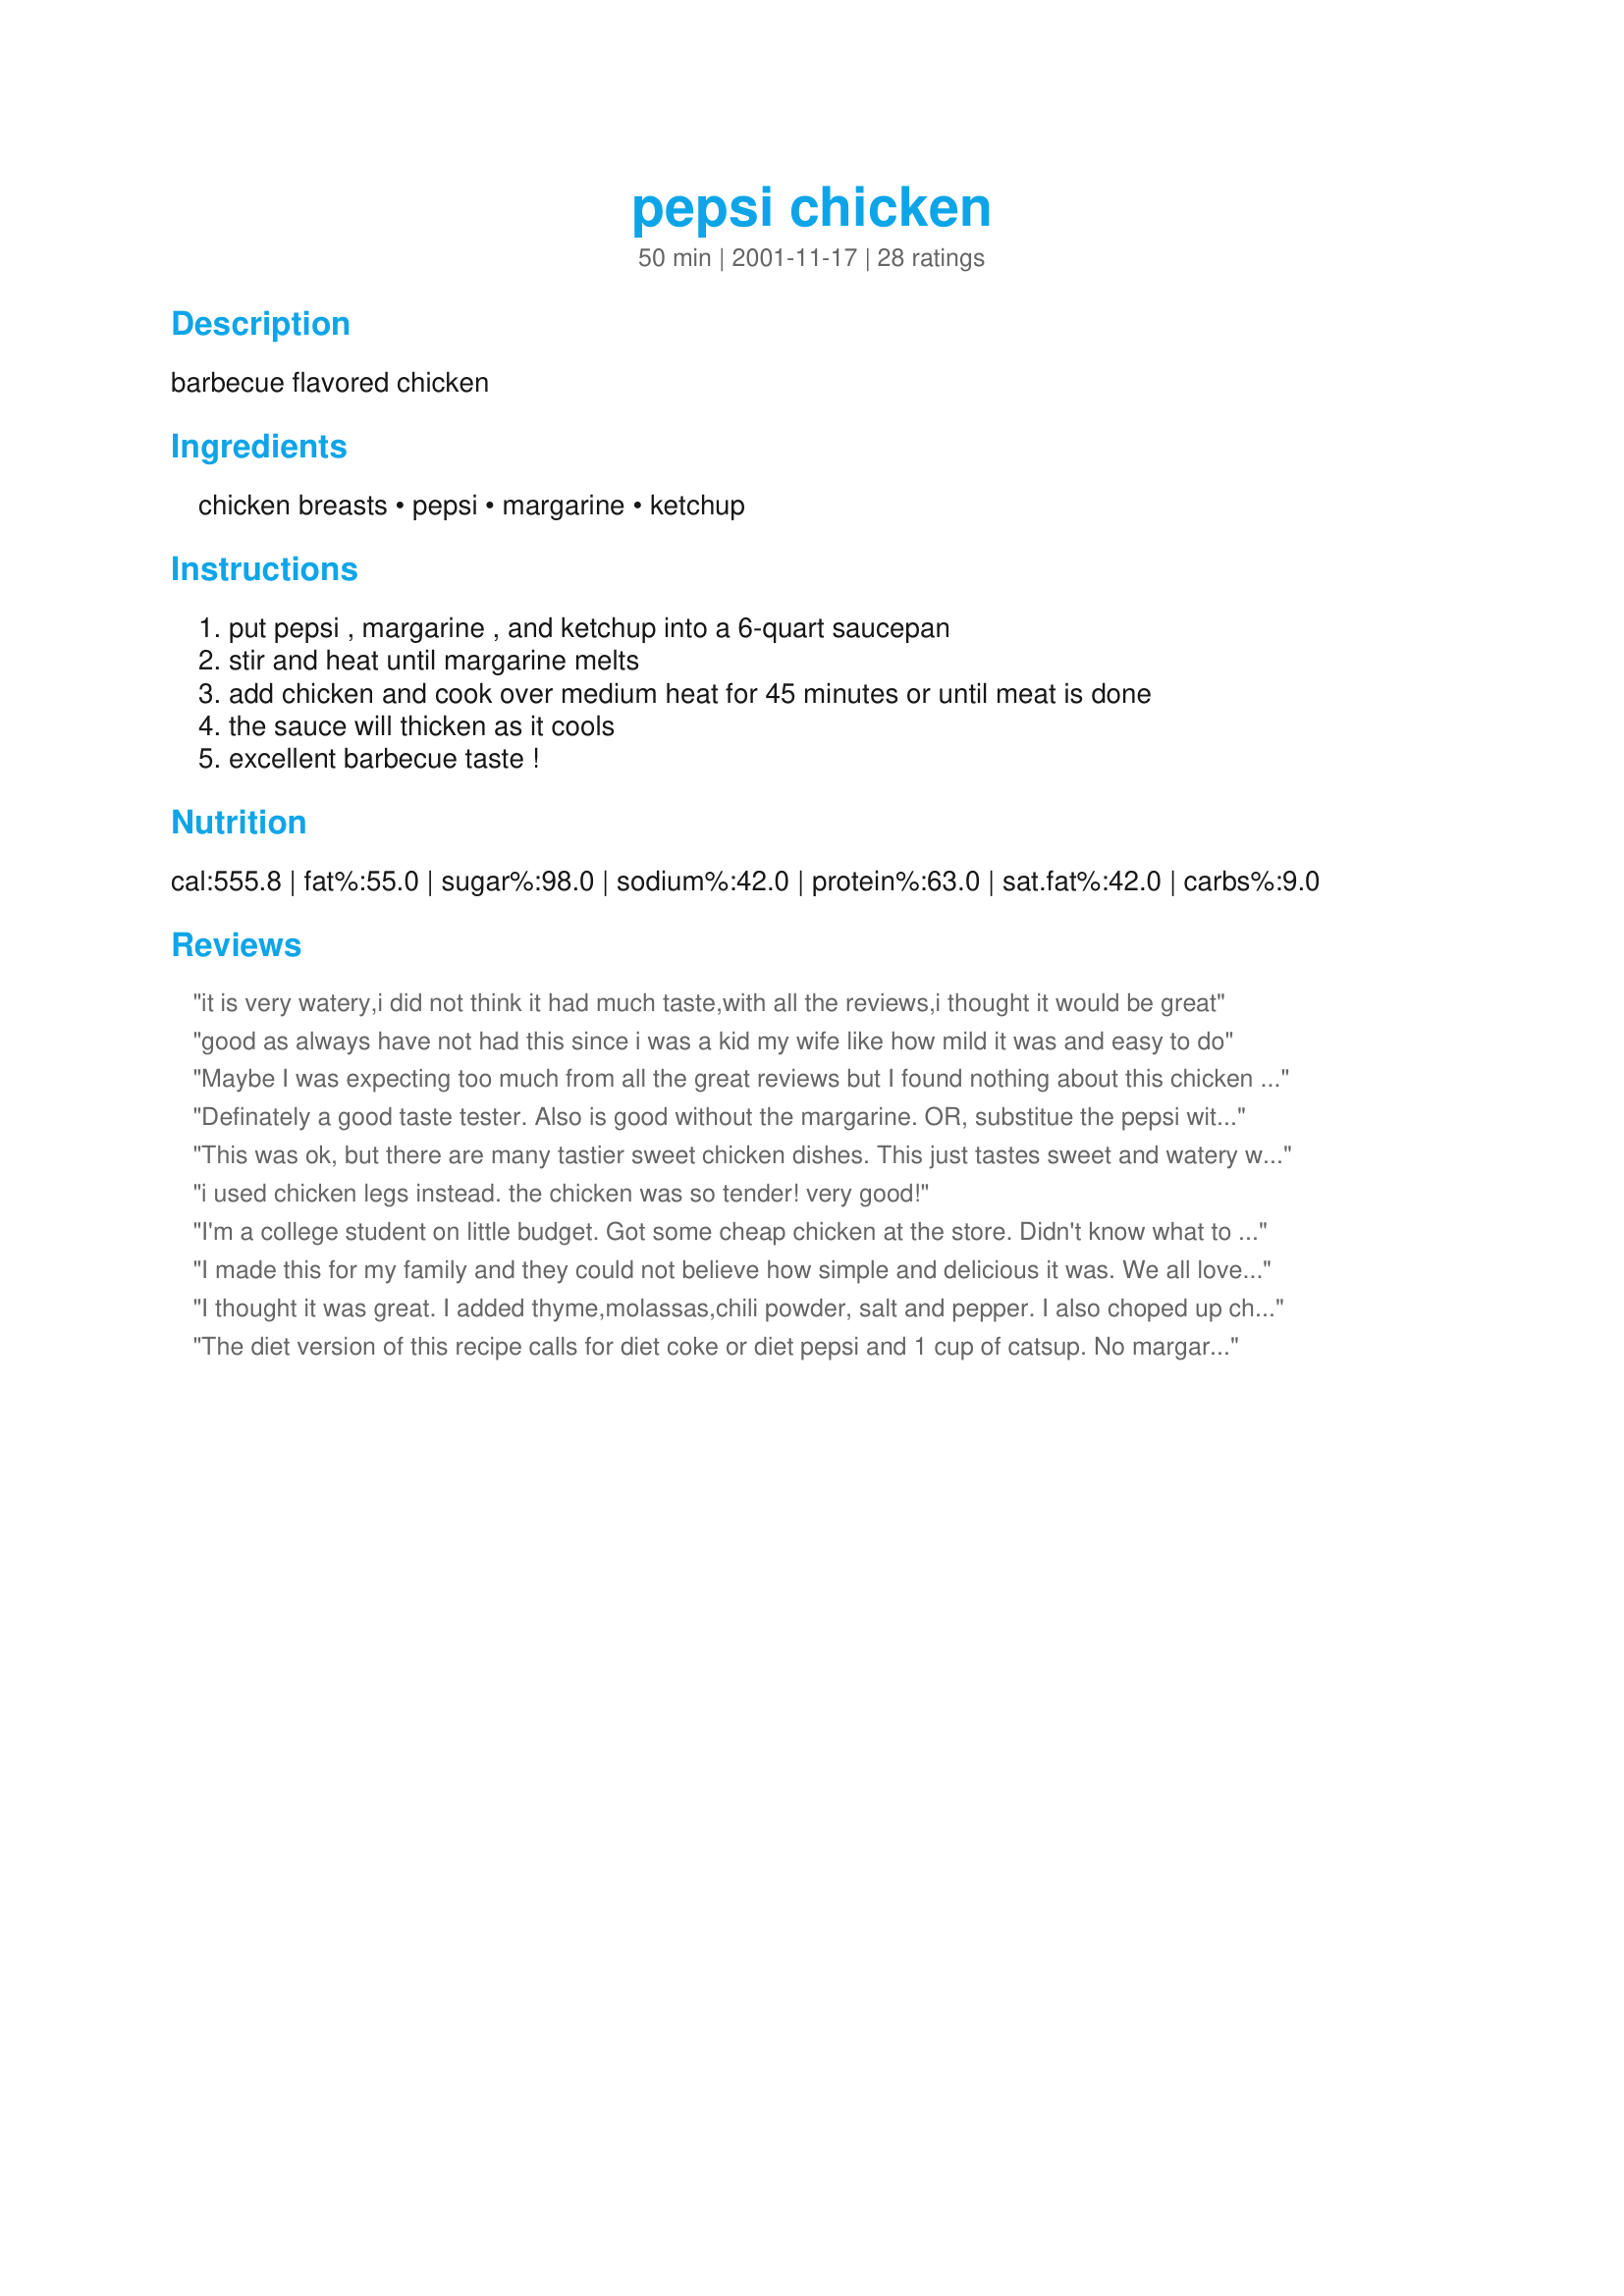
pepsi chicken
Preparation time: 50 minutes

barbecue flavored chicken

Ingredients:
chicken breasts, pepsi, margarine, ketchup

Steps:
put pepsi , margarine , and ketchup into a 6-quart saucepan, stir and heat until margarine melts, add chicken and cook over medium heat for 45 minutes or until meat is done, the sauce will thicken as it cools, excellent barbecue taste !

Reviews:
it is very watery,i did not think it had much taste,with all the reviews,i thought it would be great
good as always have not had this since i was a kid my wife like how mild it was and easy to do
Maybe I was expecting too much from all the great reviews but I found nothing about this chicken to really crow about...
The pepsi sauce was little more than slightly sweetened water and although it did not taste bad, I was disappointed...Guess I was expecting something that would reach out and slap your taste-buds, not tickle them...
Definately a good taste tester. Also is good without the margarine. OR, substitue the pepsi with coke (for the brand pickyness people),
This was ok, but there are many tastier sweet chicken dishes. This just tastes sweet and watery without any contrasting flavours. It is edible and not that bad if you want to give it a go due to the other reviews. But I dont think I will make it again. Sauce tastes much better if you thicken it up. It really tastes like cooked chicken dipped into coke, maybe it would be better using more bbq sauce and less pepsi.
i used chicken legs instead.
the chicken was so tender!
very good!
I'm a college student on little budget. Got some cheap chicken at the store. Didn't know what to do with it, so I googled and this is what popped up. SOOOOO Glad it did. It was delish! I only made one serving. And I didn't exactly do the measurements it gave. I only used have a bottle of pepsi. It wasn't runny, it was very nicely carmalized and thick. Definitely will save this recipe!
I made this for my family and they could not believe how simple and delicious it was. We all loved it. You must try it.
I thought it was great. I added thyme,molassas,chili powder, salt and pepper. I also choped up chicken breast into small pieces. After reading all the comments, I added flour to thicken the sauce. It was a cross between a good chili and a good bbq flavor chicken. All in all...great comfort food.
The diet version of this recipe calls for diet coke or diet pepsi and 1 cup of catsup. No margarine. Remove lid the last 10 minutes of cooking to allow to thicken. I Also add vegetables: onion, zuchinni, green pepper etc. Very good served over rice.
This is a great recipe....can also cook pork chops using this recipe and coke works as well as pepsi
Chicken was tender with great flavor. I cooked for 45 min. I could not get the sauce thick, as previous reviewers had stated as well. But, if you don't like thick sauce, you will enjoy this recipe. I will make this again.
Tasty for family style fare, but not muscular enough for Barb and me, even though I added a tps of dried red chili flakes.
A lot better than it sounds but VERY sweet.
I tried to make this recipe with legs and thighs(skin removed) and I cooked it in the oven. The taste was good, but the sauce became extremely runny. I am going to try breasts next time, but I also think I would probably half the recipe because I ended up with alot of unused sauce.
This was way too sweet for my tastes. the chicken was a bit dry - but I used boneless, skinless chicken breasts - wonder if it would be differnt if I had left the skin on?? I also think that the sauce was runny - had the consistency of water - needs a bit of flour to thicken it up.
Wow! My kids loved this. Salty and greasy chicken combined with sugary goo is a sure fire hit. They also liked it when I sprinkled Count Chocula on their potatoes.

I think this recipe was also invented by a 5 year old on "Just Like Mom" by accident.

All in all, it's great.
Thank you! :-)
This was delicious! I had some chicken in the freezer and was in the mood for something different. I came here to find a quick easy recipe and decided on Pepsi Chicken. Im glad I did because it was a sucess. Very good flavor! I will hang on to this recipe for sure! AMAZING! This chicken was soooo easy and had the best Bar-B-Q flavor. Little time,little effort to make and the ingredients were on hand! My husband loved it and couldnt believe that it was made with pepsi,butter and ketchup. I will be useing this recipe over and over. Thank You!
This was great! It wasn't too sweet for me at all. I will definitely make it again because it was SO easy.......
Didn't really care for this recipe. Would not make again.
I thought at first yuck pepsi chicken but let me tell you I tried it and the kids went nuts for it excellent receipe would recommend it to all......
On my "effort-to-taste" ratio - this scores tops, Make in 2 mins then play PS2 'till it's ready. One thing though, what's a stick of margarine (weight)? In South Africa marge is in tubs or big blocks, I took a guess at half a block.
Easy to prepare but I will reduce the amount of pepsi and margarine when I make it again. I also sprinkled garlic powder on the chicken pieces before I poured on the sauce. I did it in the oven and it took awhile for the sauce to reduce but the flavour was good and the whole family enjoyed!
Belinda, thank you very much for sharing this recipe with all of us. I have tried it and it is delicious just as you said. Lucas #1 needs to be a little more clear. I couldn't tell if she liked it or hated it. Keep up the good work!
GREAT RECIPE, we had this a couple nights ago and just loved it, was skeptical at first but thought it would be good and it was!!!! Very easy to do also. We had a similar recipe with beef roast and it was good so was this one. Thanks for posting this great recipe.
Tried this the first time, and it turned out very well... but not without some modification. It does not take long for the chicken to cook through (I used thighs); it was done in about 30 minutes. This left a lot of watery liquid, which is not how the dish should look. I took the chicken out & moved the liquid to a frying pan to reduce the liquid to a gravy/sauce-like consistency. This took an additional 30-40 minutes. (That's a LOT of energy just to reduce the sauce!) In all, there was a little less than 1 cup of sauce. I applied the resultant sauce separately, which turned out ok.
I didnt find it too sweet, but the sauce was quite runny and the chicken a little dry, will make it again sometime using drumsticks. (I used Coke)
